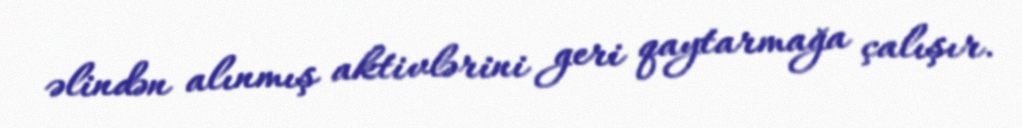
əlindən alınmış aktivlərini geri qaytarmağa çalışır.